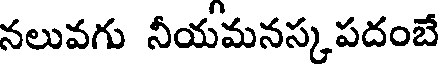
నలువగు నీయమనస్కపదంబే